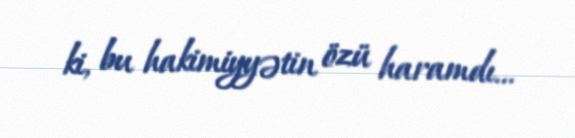
ki, bu hakimiyyətin özü haramdı...